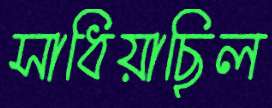
সাধিয়াছিল